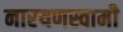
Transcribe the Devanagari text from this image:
नारयणस्वामी